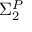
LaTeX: \Sigma _ { 2 } ^ { P }